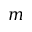
m